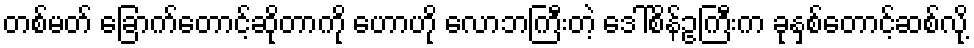
တစ်မတ် ခြောက်တောင့်ဆိုတာကို ဟောဟို လောဘကြီးတဲ့ ဒေါ်စိန်ဥကြီးက ခုနှစ်တောင့်ဆစ်လို့